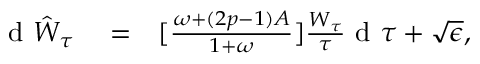
\begin{array} { r l r } { \textrm { d } \hat { W } _ { \tau } } & { { } = } & { [ \frac { \omega + ( 2 p - 1 ) A } { 1 + \omega } ] \frac { W _ { \tau } } { \tau } \textrm { d } \tau + \sqrt { \epsilon } , } \end{array}